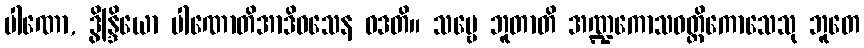
ပါဏော, ဒွိန္ဒြိယော ပါဏောတိအာဒိဝသေန ဝဒတိ။ သဗ္ဗေ ဘူတာတိ အဏ္ဍကောသဝတ္ထိကောသေသု ဘူတေ